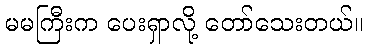
မမကြီးက ပေးရှာလို့ တော်သေးတယ်။